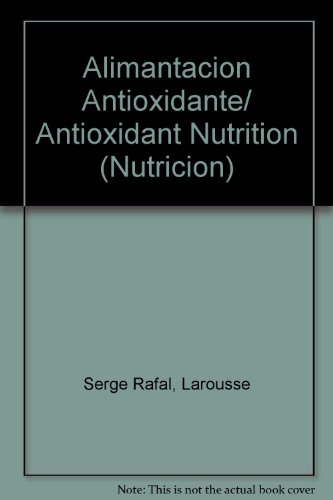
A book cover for Alimantacion Antioxidante/ Antioxidant Nutrition (Nutricion) (Spanish Edition); SERGE RAFAL; Health, Fitness & Dieting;